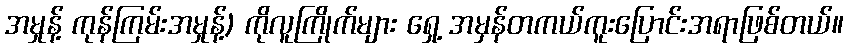
အမှုန့် ကုန်ကြမ်းအမှုန့်) ကိုလူကြိုက်များ ရှေ့ အမှန်တကယ်ကူးပြောင်းအရာဖြစ်တယ်။